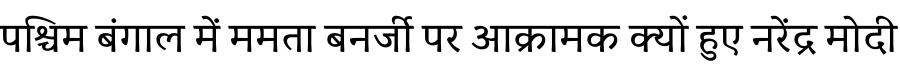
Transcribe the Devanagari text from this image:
पश्चिम बंगाल में ममता बनर्जी पर आक्रामक क्यों हुए नरेंद्र मोदी